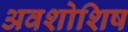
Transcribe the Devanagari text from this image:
अवशोशिष